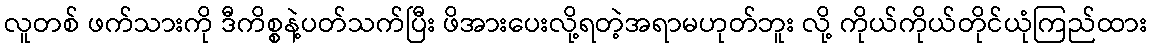
လူတစ် ဖက်သားကို ဒီကိစ္စနဲ့ပတ်သက်ပြီး ဖိအားပေးလို့ရတဲ့အရာမဟုတ်ဘူး လို့ ကိုယ်ကိုယ်တိုင်ယုံကြည်ထား